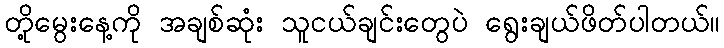
တို့မွေးနေ့ကို အချစ်ဆုံး သူငယ်ချင်းတွေပဲ ရွေးချယ်ဖိတ်ပါတယ်။